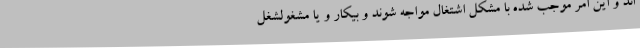
اند و این امر موجب شده با مشکل اشتغال مواجه شوند و بیکار و یا مشغولشغل